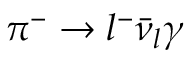
\pi ^ { - } \rightarrow l ^ { - } \bar { \nu } _ { l } \gamma